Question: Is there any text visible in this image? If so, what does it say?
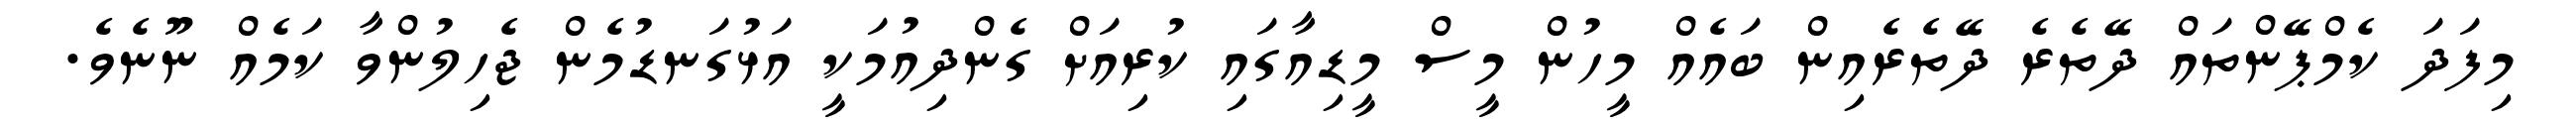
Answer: މިފަދަ ކެމްޕޭންތައް ދޭތެރެ ދޭތެރެއިން ބައެއް މީހުން މީސް މީޑިއާގައި ކުރިއަށް ގެންދިއުމަކީ އަޅުގަނޑުމެން ޖެހިލުންވާ ކަމެއް ނޫނެވެ.